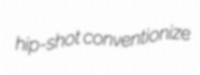
hip-shot conventionize